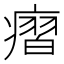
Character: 㿇